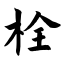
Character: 栓